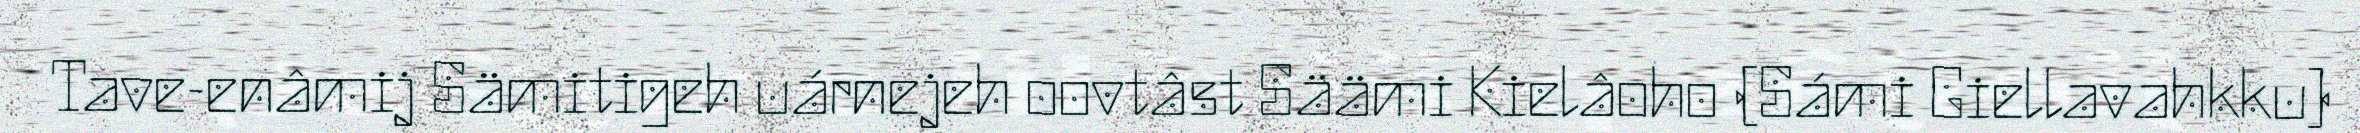
Tave-enâmij Sämitigeh uárnejeh oovtâst Säämi Kielâoho (Sámi Giellavahkku)